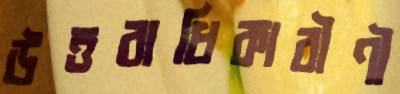
উত্তরাধিকারীণী